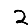
Digit: 2